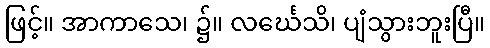
ဖြင့်။ အာကာသေ၊ ၌။ လင်္ဃေသိ၊ ပျံသွားဘူးပြီ။